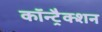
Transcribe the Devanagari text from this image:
कॉन्ट्रैक्शन